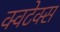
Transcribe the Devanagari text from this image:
क्विंटेक्स